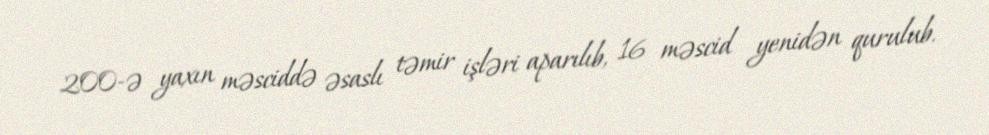
200-ə yaxın məsciddə əsaslı təmir işləri aparılıb, 16 məscid yenidən qurulub.